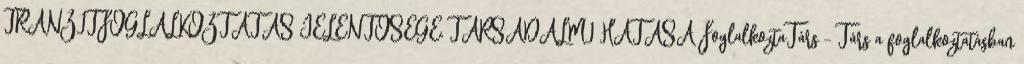
TRANZITFOGLALKOZTATÁS JELENTŐSÉGE, TÁRSADALMI HATÁSA FoglalkoztaTárs – Társ a foglalkoztatásban